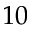
1 0